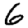
Digit: 6